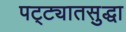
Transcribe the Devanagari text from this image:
पट्ट्यातसुद्धा